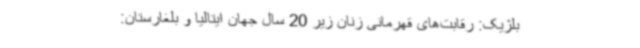
بلژیک: رقابت‌های قهرمانی زنان زیر 20 سال جهان ایتالیا و بلغارستان: